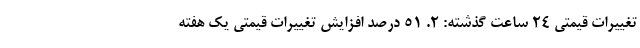
تغییرات قیمتی ۲۴ ساعت گذشته: ۲. ۵۱ درصد افزایش تغییرات قیمتی یک هفته